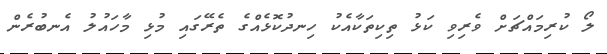
ލޯ ކުރިމައްޗަށް ވެރިވި ކަޅު ތިކިތަކާއެކު ހިނދުކޮޅެއްގެ ތެރޭގައި މުޅި މާހައުލު އެނބުރެން